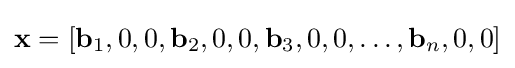
\mathbf {x} =[\mathbf {b} _{1},0,0,\mathbf {b} _{2},0,0,\mathbf {b} _{3},0,0,\dots ,\mathbf {b} _{n},0,0]